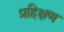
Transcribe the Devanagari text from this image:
प्रहिक्षण